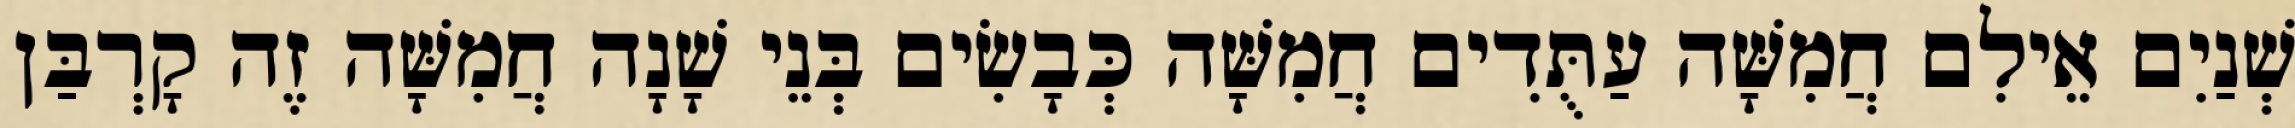
שְׁנַיִם אֵילִם חֲמִשָּׁה עַתֻּדִים חֲמִשָּׁה כְּבָשִׂים בְּנֵי שָׁנָה חֲמִשָּׁה זֶה קָרְבַּן